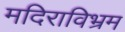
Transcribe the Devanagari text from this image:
मदिराविभ्रम